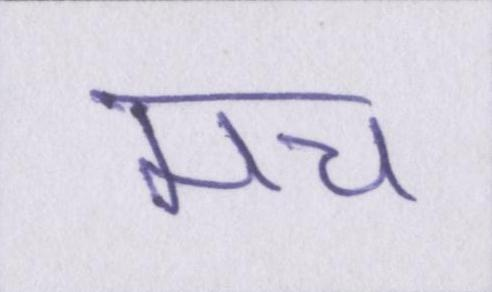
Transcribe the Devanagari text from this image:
मच